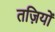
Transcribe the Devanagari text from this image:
तज़ियों